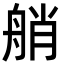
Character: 艄